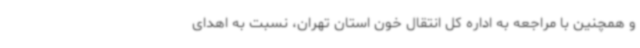
و همچنین با مراجعه به اداره کل انتقال خون استان تهران، نسبت به اهدای